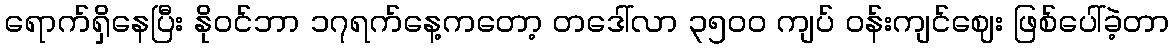
ရောက်ရှိနေပြီး နိုဝင်ဘာ ၁၇ရက်နေ့ကတော့ တဒေါ်လာ ၃၅၀၀ ကျပ် ဝန်းကျင်ဈေး ဖြစ်ပေါ်ခဲ့တာ